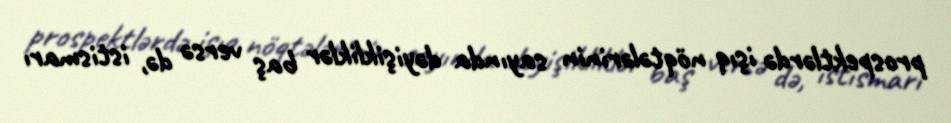
prospektlərdə işıq nöqtələrinin sayında dəyişikliklər baş versə də, istismarı